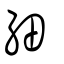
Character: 細